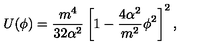
U ( \phi ) = \frac { m ^ { 4 } } { 3 2 \alpha ^ { 2 } } \left[ 1 - \frac { 4 \alpha ^ { 2 } } { m ^ { 2 } } \phi ^ { 2 } \right] ^ { 2 } ,